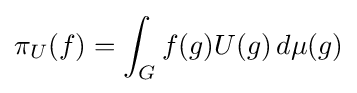
\pi _{U}(f)=\int _{G}f(g)U(g)\,d\mu (g)